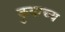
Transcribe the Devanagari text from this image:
कुवाच्य